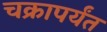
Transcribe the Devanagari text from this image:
चक्रापर्यंत